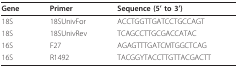
<table><thead><tr><td><b>Gene</b></td><td><b>Primer</b></td><td><b>Sequence (5&#x27; to 3&#x27;)</b></td></tr></thead><tbody><tr><td>18S</td><td>18SUnivFor</td><td>ACCTGGTTGATCCTGCCAGT</td></tr><tr><td>18S</td><td>18SUnivRev</td><td>TCAGCCTTGCGACCATAC</td></tr><tr><td>16S</td><td>F27</td><td>AGAGTTTGATCMTGGCTCAG</td></tr><tr><td>16S</td><td>R1492</td><td>TACGGYTACCTTGTTACGACTT</td></tr></tbody></table>